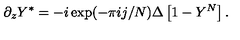
\partial _ { z } Y ^ { * } = - i \exp ( - \pi i j / N ) \Delta \left[ 1 - Y ^ { N } \right] .